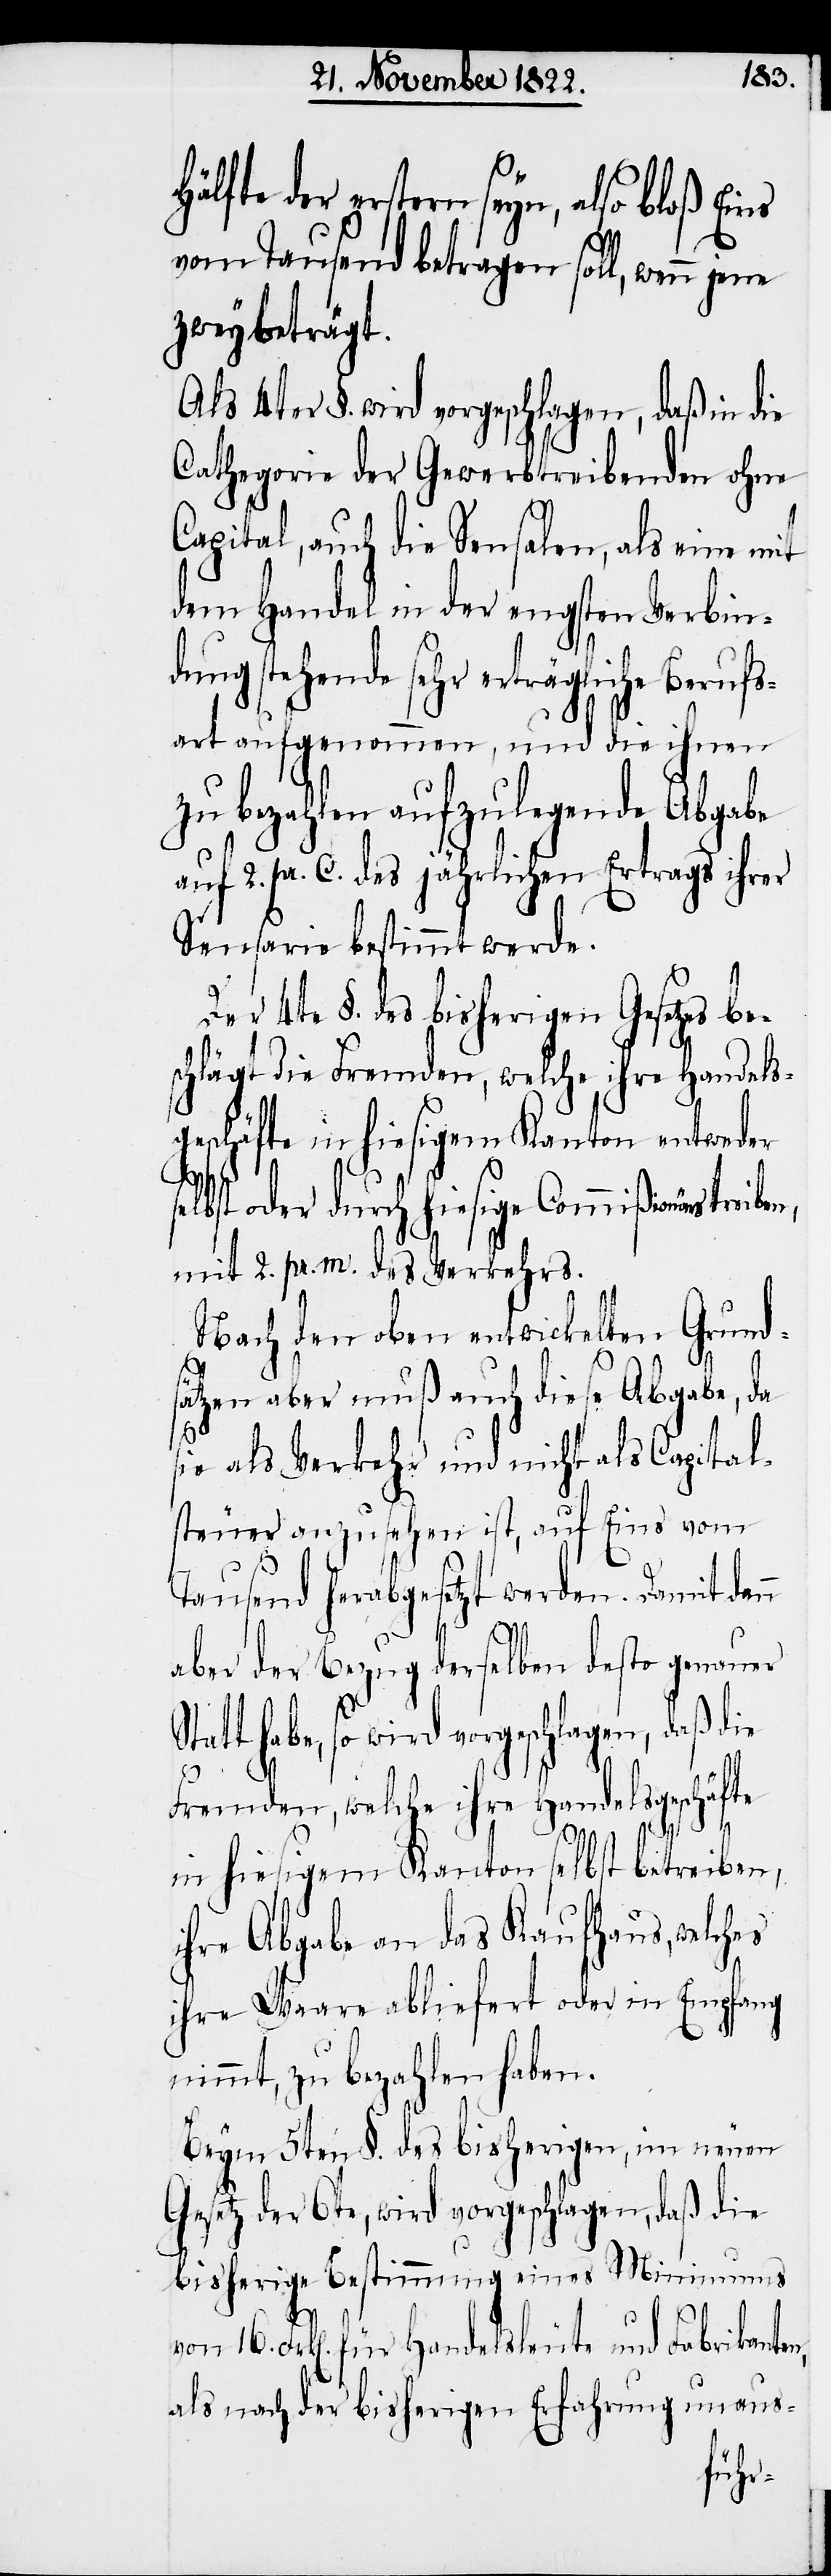
älfte der erstern seyn, also bloß Ei¬
vom Tausend betragen soll, wenn
zwey beträgt.
Als 4ter §. wird vorgeschlagen, daß in die
Cathegorie der Gewerbtreibenden ohne
Capital, auch die Sensalen, als eine mit
dem Handel in der engsten Verbin¬
dung stehende sehr erträgliche Berufs¬
art aufgenommen, und die ihnen
zu bezahlen aufzulegende Abgabe
auf 2. pr. C. des jährlichen Ertrags ihrer
Sensarie bestimmt werde.
Der 4te §. des bisherigen Gesetzes be¬
schlägt die Fremden, welche ihre Handels¬
geschäfte in hiesigem Kanton entweder
elbst oder durch hiesige Commißionärs
mit 2. pr. m. des Verkehrs.
Nach den oben entwickelten Grunds¬
ätzen aber muß auch diese Abgabe, da
sie als Verkehr und nicht als Capital¬
steuer anzusehen ist, auf Eins vom
Tausend herabgesetzt werden. Damit dan¬
aber der Bezug derselben desto genauer
habe, so wird vorgeschlagen, daß die
n,
Fremden, welche ihre Handelsgeschäfte
in hiesigem Kanton selbst betreiben,
ihre Abgabe an das Kaufhaus, welches
ihre Waare abliefert oder in Empfang
nimmt, zu bezahlen haben.
Beym 5ten §. des bisherigen, im neuen
Gesetz der 6te, wird vorgeschlagen, daß die
bisherige Bestimmung eines Minimums
n
16. Frk[en]. für Handelsleute und Fabrikante¬
als nach der bisherigen Erfahrung unaus-